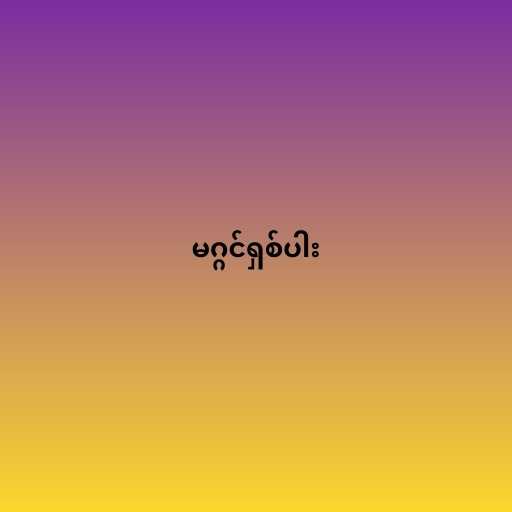
မဂ္ဂင်ရှစ်ပါး